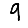
Digit: 9